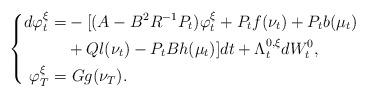
LaTeX: \begin{align*}\left\{\begin{aligned}d\varphi_t^\xi=&-[(A-B^2R^{-1}P_t)\varphi_t^\xi+P_tf(\nu_t)+P_tb(\mu_t)\\&+Ql(\nu_t)-P_tBh(\mu_t)]dt+\Lambda_t^{0,\xi}dW^0_t,\\\varphi_T^\xi=&~Gg(\nu_T).\end{aligned}\right.\end{align*}